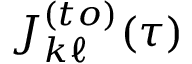
J _ { k \ell } ^ { ( t o ) } ( \tau )